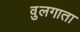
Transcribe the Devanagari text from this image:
वुलगाता